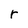
Character: r